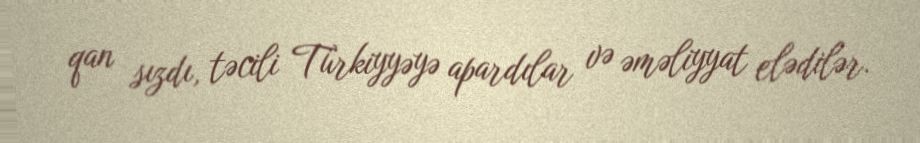
qan sızdı, təcili Türkiyyəyə apardılar və əməliyyat elədilər.